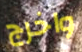
واخرج